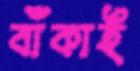
বাঁকাই